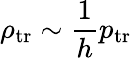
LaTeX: \rho_{\mathrm{tr}}\sim\frac{1}{h}p_{\mathrm{tr}}